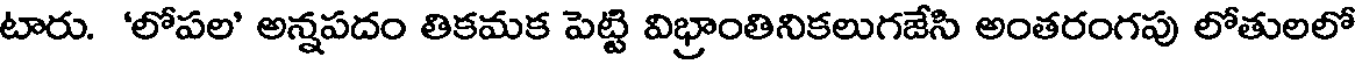
టారు. 'లోపల' అన్నపదం తికమక పెట్టి విభ్రాంతినికలుగజేసి అంతరంగపు లోతులలో